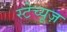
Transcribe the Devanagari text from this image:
स्टेच्यूज़